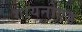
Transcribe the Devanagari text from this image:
गायनोएड